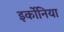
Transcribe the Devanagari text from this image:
इर्कोनिया